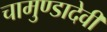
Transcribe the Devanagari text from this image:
चामुण्डादेवी